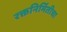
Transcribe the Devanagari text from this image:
रक्तनिर्मितीचा